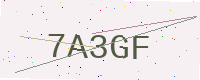
Text: 7A3GF